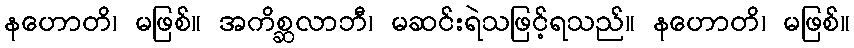
နဟောတိ၊ မဖြစ်။ အကိစ္ဆလာဘီ၊ မဆင်းရဲသဖြင့်ရသည်။ နဟောတိ၊ မဖြစ်။